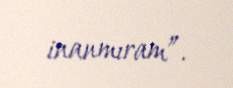
inanmıram”.